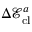
\Delta \mathcal { E } _ { \mathrm { c l } } ^ { a }